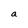
Character: a